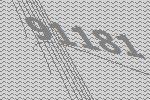
91181